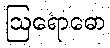
ဩရောဓော